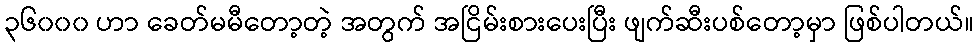
၃၆၀၀၀ ဟာ ခေတ်မမီတော့တဲ့ အတွက် အငြိမ်းစားပေးပြီး ဖျက်ဆီးပစ်တော့မှာ ဖြစ်ပါတယ်။